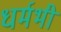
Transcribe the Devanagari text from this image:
धर्मभी